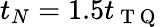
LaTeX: t_{N}=1.5t_{\mathrm{~T~Q~}}